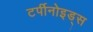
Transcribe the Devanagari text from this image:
टर्पीनोइड्स